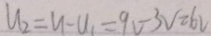
u _ { 2 } = u - U _ { 1 } = 9 v - 3 V = 6 V